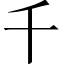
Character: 千